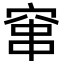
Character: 窜